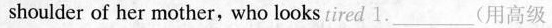
shoulder of her mother, who looks tired 1.___（用高级